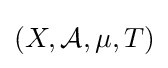
(X,{\mathcal {A}},\mu ,T)